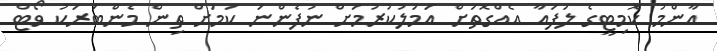
އާންމު ކޮމިޓީގެ ލަފައާ އެއްގޮތަށް އަމަލުކުރުމަށް ނުފެންނަ ކަމަށް ތިން މެންބަރަކު ވޯޓް